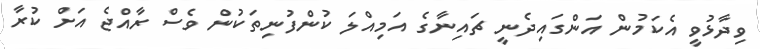
ވިދާޅުވީ އެކަމުން އަންގައިދެނީ ޗައިނާގެ އަމިއްލަ ކުންފުނިތަކުން ވެސް ރާއްޖެ އަށް ކުރާ